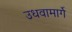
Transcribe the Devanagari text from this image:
उधवामार्गे